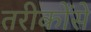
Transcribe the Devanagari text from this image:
तरीकोंसे